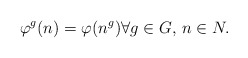
\begin{align*} \varphi^g(n)=\varphi(n^g ) \forall g \in G, \, n \in N.\end{align*}